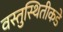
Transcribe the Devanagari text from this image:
वस्तुस्थितीकडे